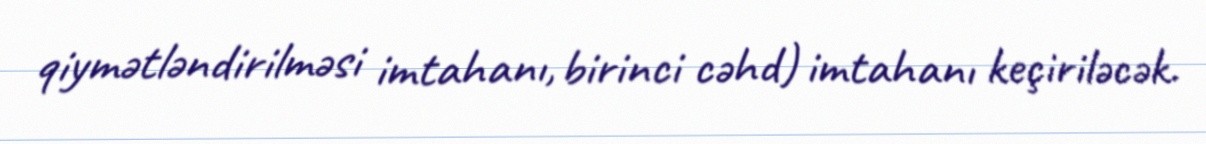
qiymətləndirilməsi imtahanı, birinci cəhd) imtahanı keçiriləcək.